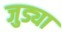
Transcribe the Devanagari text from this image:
जुड्या